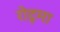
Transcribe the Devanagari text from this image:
रोटुमा